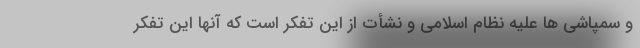
و سمپاشی ها علیه نظام اسلامی و نشأت از این تفکر است که آنها این تفکر